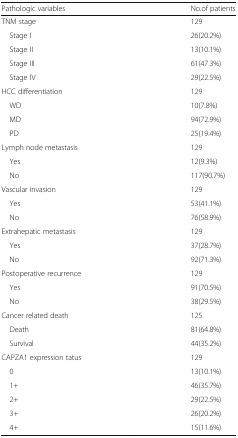
<table><thead><tr><td><b>Pathologic variables</b></td><td><b>No.of patients</b></td></tr></thead><tbody><tr><td>TNM stage</td><td>129</td></tr><tr><td> Stage I</td><td>26(20.2%)</td></tr><tr><td> Stage II</td><td>13(10.1%)</td></tr><tr><td> Stage III</td><td>61(47.3%)</td></tr><tr><td> Stage IV</td><td>29(22.5%)</td></tr><tr><td>HCC differentiation</td><td>129</td></tr><tr><td> WD</td><td>10(7.8%)</td></tr><tr><td> MD</td><td>94(72.9%)</td></tr><tr><td> PD</td><td>25(19.4%)</td></tr><tr><td>Lymph node metastasis</td><td>129</td></tr><tr><td> Yes</td><td>12(9.3%)</td></tr><tr><td> No</td><td>117(90.7%)</td></tr><tr><td>Vascular invasion</td><td>129</td></tr><tr><td> Yes</td><td>53(41.1%)</td></tr><tr><td> No</td><td>76(58.9%)</td></tr><tr><td>Extrahepatic metastasis</td><td>129</td></tr><tr><td> Yes</td><td>37(28.7%)</td></tr><tr><td> No</td><td>92(71.3%)</td></tr><tr><td>Postoperative recurrence</td><td>129</td></tr><tr><td> Yes</td><td>91(70.5%)</td></tr><tr><td> No</td><td>38(29.5%)</td></tr><tr><td>Cancer related death</td><td>125</td></tr><tr><td> Death</td><td>81(64.8%)</td></tr><tr><td> Survival</td><td>44(35.2%)</td></tr><tr><td>CAPZA1 expression tatus</td><td>129</td></tr><tr><td> 0</td><td>13(10.1%)</td></tr><tr><td> 1+</td><td>46(35.7%)</td></tr><tr><td> 2+</td><td>29(22.5%)</td></tr><tr><td> 3+</td><td>26(20.2%)</td></tr><tr><td> 4+</td><td>15(11.6%)</td></tr></tbody></table>